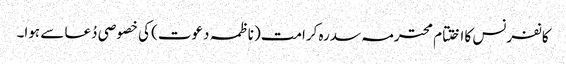
کانفرنس کا اختتام محترمہ سدرہ کرامت (ناظمہ دعوت) کی خصوصی دُعا سے ہوا۔